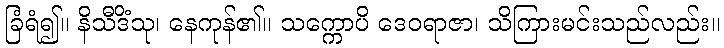
ခြံရံ၍။ နိသီဒိံသု၊ နေကုန်၏။ သက္ကောပိ ဒေဝရာဇာ၊ သိကြားမင်းသည်လည်း။